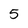
Character: 5